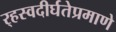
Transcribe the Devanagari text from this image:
र्‍हस्वदीर्घतेप्रमाणे